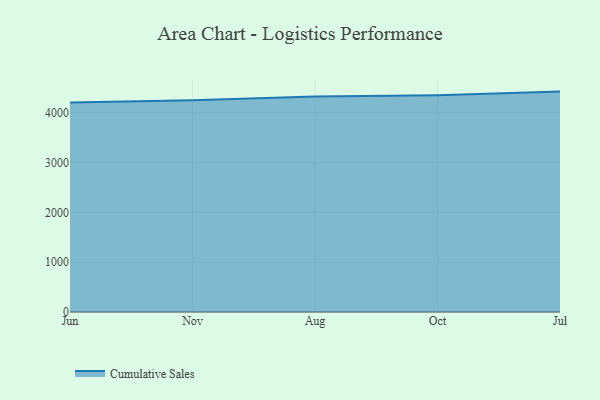
{"axis": {"x": "Month", "y": "Churn Rate (%)"}, "legend": ["Cumulative Sales"], "data": [{"x": "Jun", "y": 4205.7, "type": "Cumulative Sales"}, {"x": "Nov", "y": 4248.1, "type": "Cumulative Sales"}, {"x": "Aug", "y": 4324.0, "type": "Cumulative Sales"}, {"x": "Oct", "y": 4351.3, "type": "Cumulative Sales"}, {"x": "Jul", "y": 4423.9, "type": "Cumulative Sales"}]}